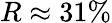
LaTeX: R\approx 31\%